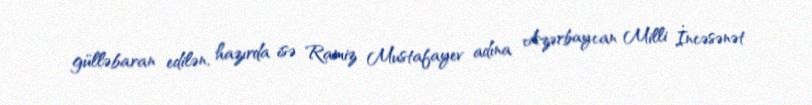
gülləbaran edilən, hazırda isə Ramiz Mustafayev adına Azərbaycan Milli İncəsənət